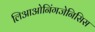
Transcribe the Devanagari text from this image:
लिआओनिंगजेनिसिस